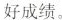
好成绩.